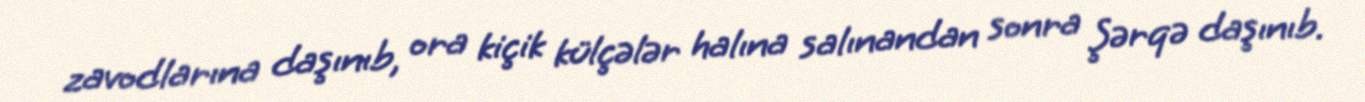
zavodlarına daşınıb, ora kiçik külçələr halına salınandan sonra Şərqə daşınıb.